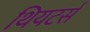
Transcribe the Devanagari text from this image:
थियटर्स